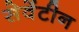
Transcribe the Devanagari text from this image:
सेवेंटीन